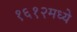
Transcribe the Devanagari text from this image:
१६१२मध्ये